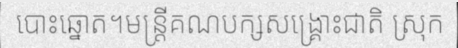
បោះឆ្នោត។មន្ត្រីគណបក្សសង្គ្រោះជាតិ ស្រុក